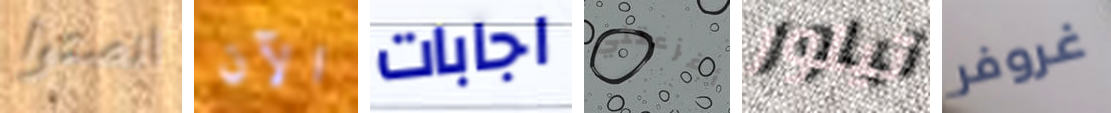
انصتوا الآن اجابات أفزعتني تيلور غروفر